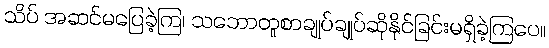
သိပ် အဆင်မပြေခဲ့ကြ၊ သဘောတူစာချုပ်ချုပ်ဆိုနိုင်ခြင်းမရှိခဲ့ကြပေ။